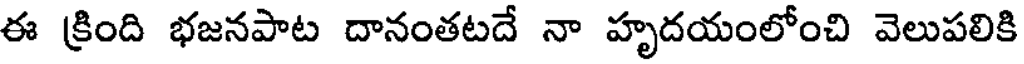
ఈ క్రింది భజనపాట దానంతటదే నా హృదయంలోంచి వెలుపలికి